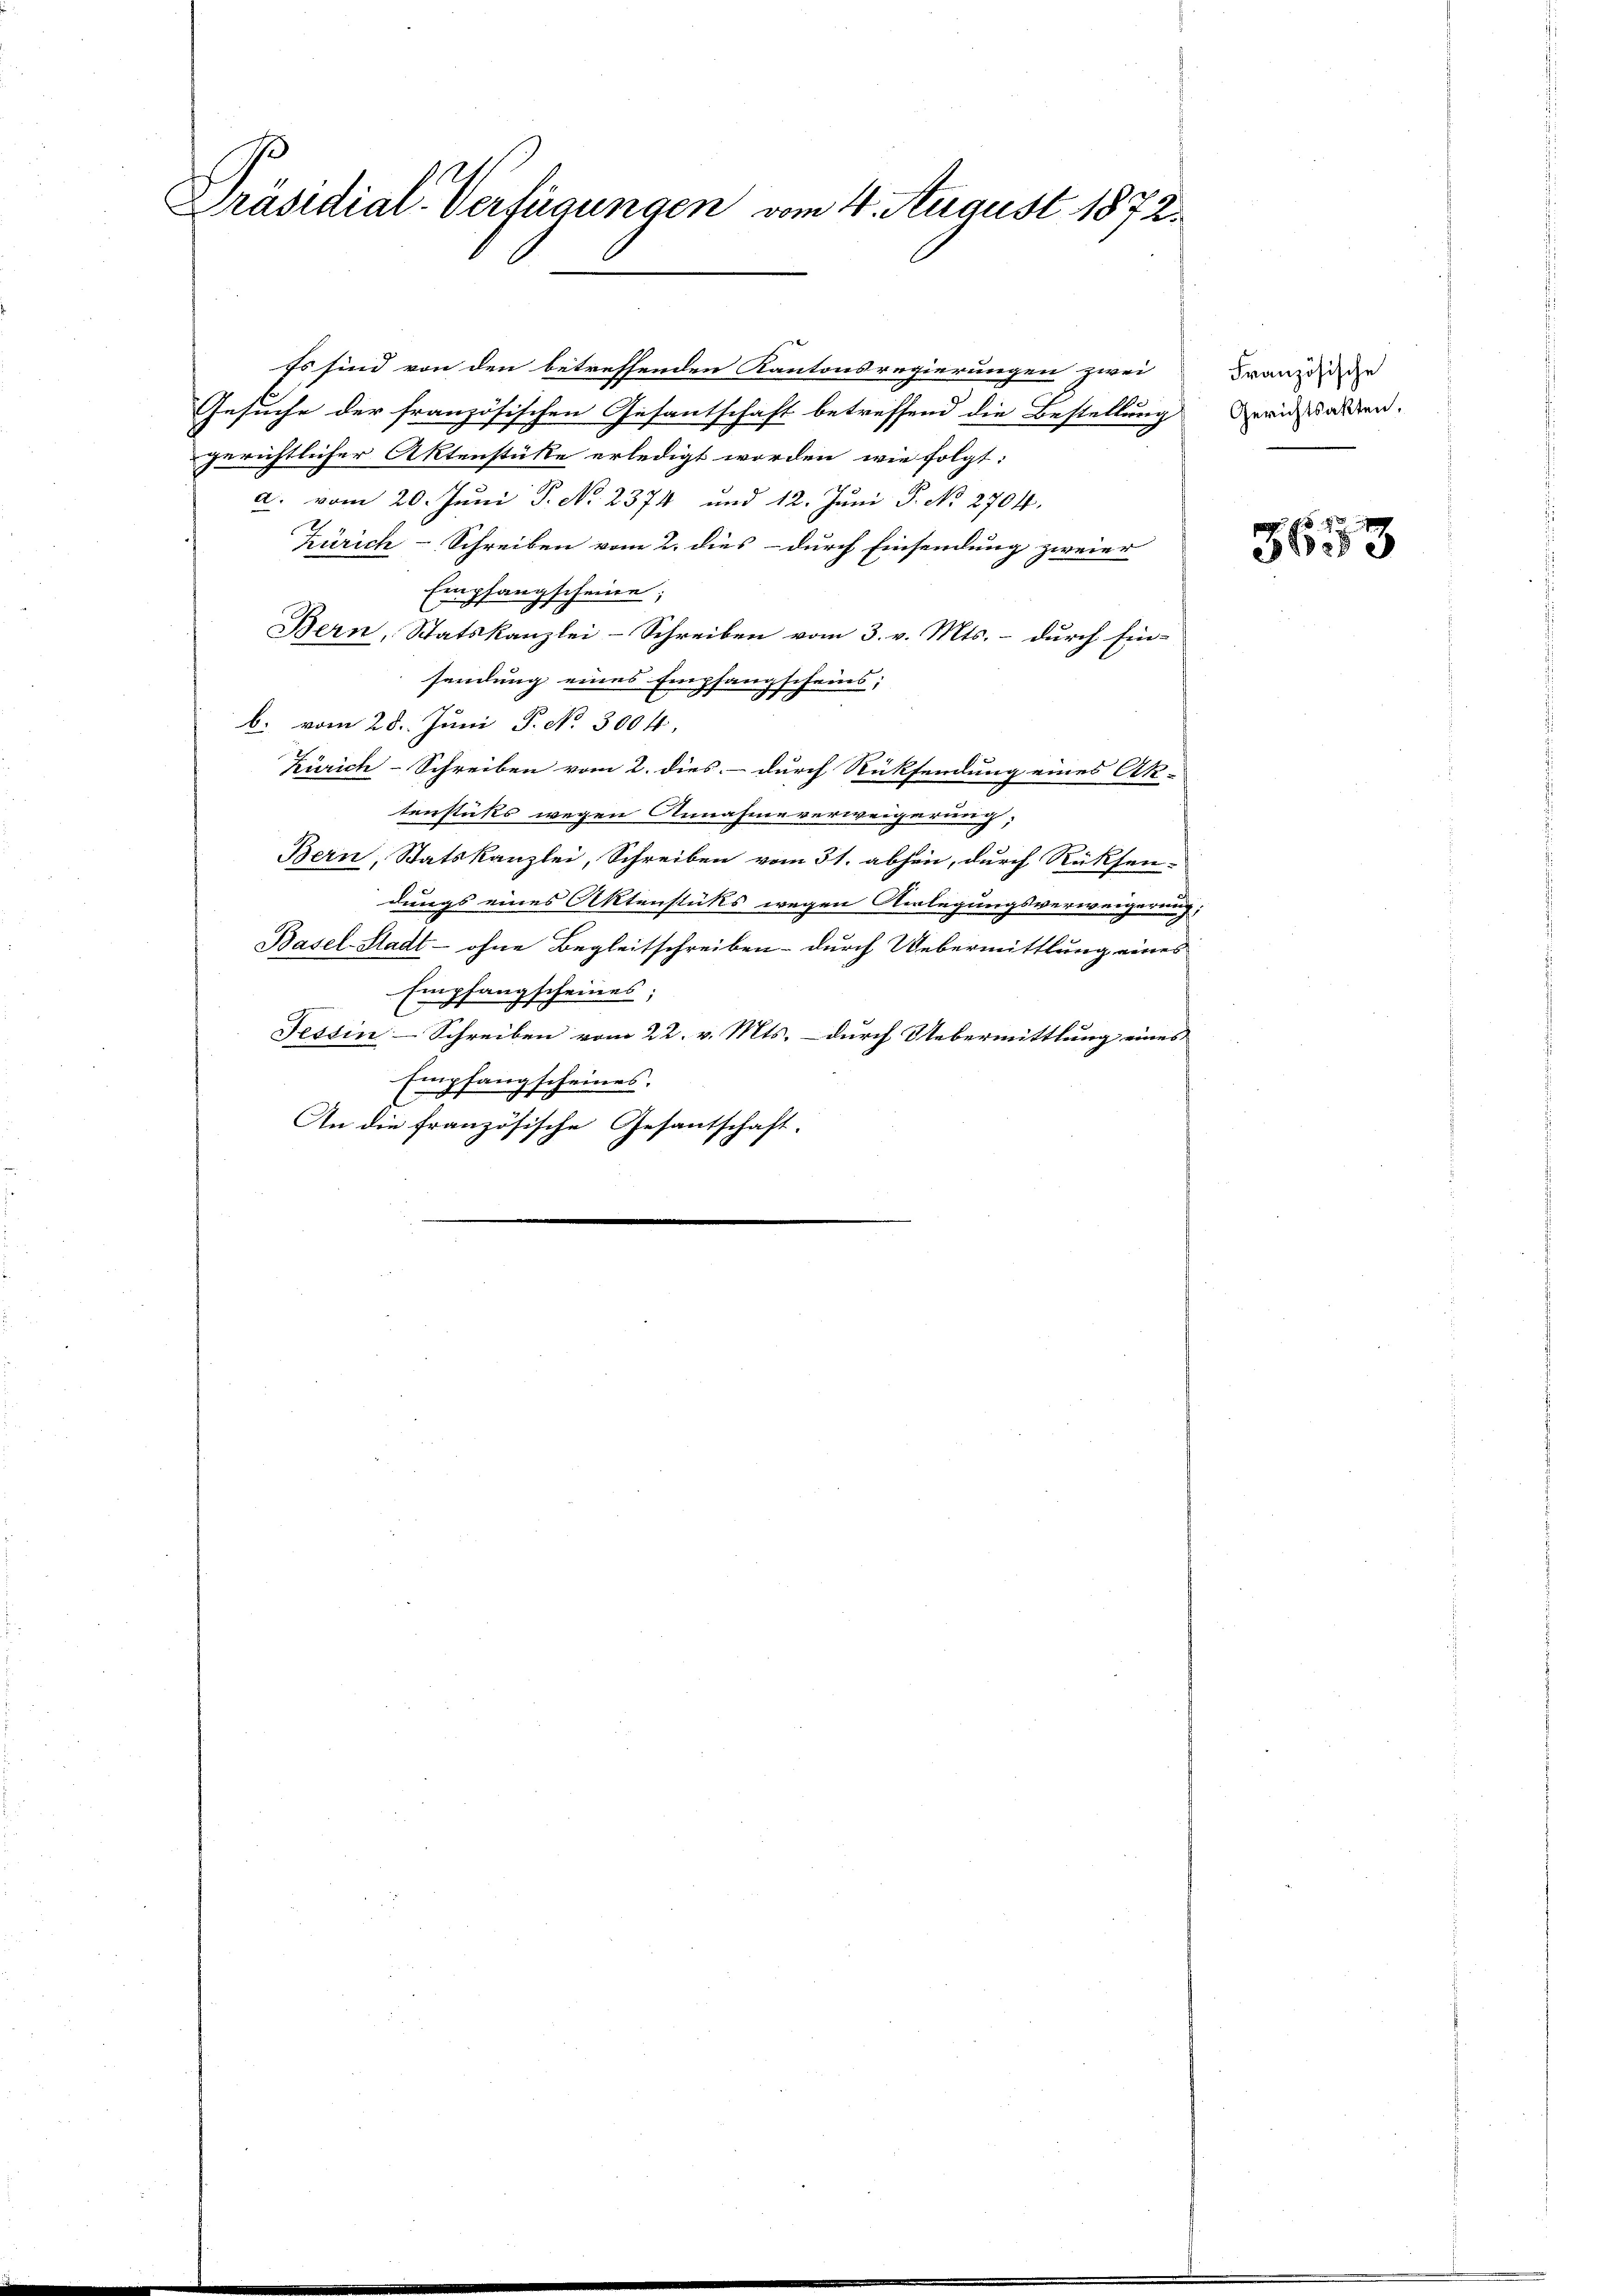
Präsidial-Verfügungen vom 4. August 1872.

Es sind von den betreffenden Kantonsregierungen zwei
Gesuche der französischen Gesantschaft betreffend die Bestellung
gerichtlicher Aktenstüke erledigt worden, wie folgt:
a. vom 20. Juni P. No. 2374 und 12. Juni P. No 2704.
Zürich-Schreiben vom 2. dies - durch Einsendung zweier
Empfangscheine;
Bern, Statskanzlei-Schreiben vom 3. v. Mts. – durch Ein-
sendung eines Empfangscheins;
b. vom 28. Juni, P. No. 3004.
Zürich-Schreiben vom 2. dies durch Rücksendung eines Ak-
tenstücks wegen Annahme verweigerung,
Bern, Statskanzlei, Schreiben vom 31. abhin, durch Rücksen-
dungs eines Aktenstüks wegen Umlegungsverweigerung;
Basel-Stadt - ohne Begleitschreiben durch Uebermittlung eines
Empfangscheines;
Tessin-Schreiben vom 22. v. Mts. durch Uebermittlung eines
Empfangscheines.
An die französische Gesantschaft.

Französische
Gerichtsakten.

3653